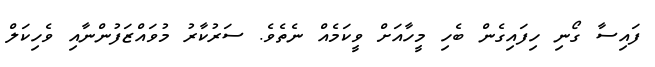
ފައިސާ ގޯނި ހިފައިގެން ބެހި މީހާއަށް ވީކަމެއް ނެތެވެ. ސަރުކާރު މުވައްޒަފުންނާއި ވެހިކަލް